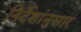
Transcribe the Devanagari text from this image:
निर्देशांनुसार